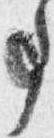
事